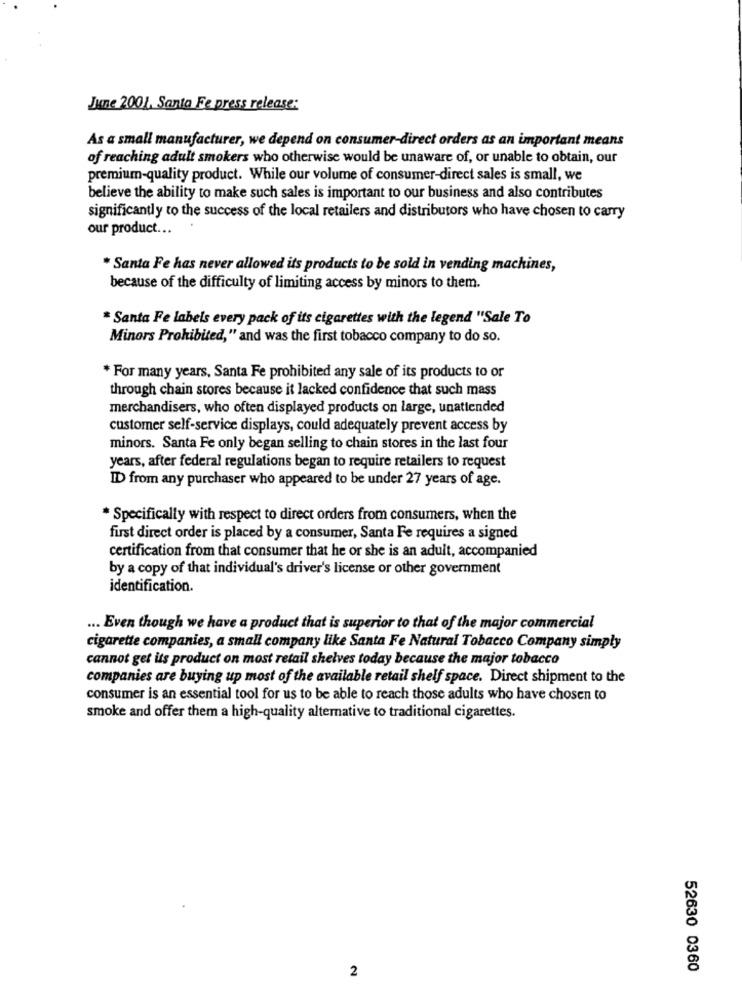
June 2001, Santa Fe press release:
As a small manufacturer, we depend on consumer-direct orders as an important means
of reaching adult smokers who otherwise would be unaware of, or unable to obtain, our
premium-quality product. While our volume of consumer-direct sales is small, we
believe the ability to make such sales is important to our business and also contributes
significantly to the success of the local retailers and distributors who have chosen to carry
our product ...
* Santa Fe has never allowed its products to be sold in vending machines,
because of the difficulty of limiting access by minors to them.
* Santa Fe labels every pack of its cigarettes with the legend "Sale To
Minors Prohibited," and was the first tobacco company to do so.
* For many years, Santa Fe prohibited any sale of its products to or
through chain stores because it lacked confidence that such mass
merchandisers, who often displayed products on large, unattended
customer self-service displays, could adequately prevent access by
minors. Santa Fe only began selling to chain stores in the last four
years, after federal regulations began to require retailers to request
ID from any purchaser who appeared to be under 27 years of age.
* Specifically with respect to direct orders from consumers, when the
first direct order is placed by a consumer, Santa Fe requires a signed
certification from that consumer that he or she is an adult, accompanied
by a copy of that individual's driver's license or other government
identification.
... Even though we have a product that is superior to that of the major commercial
cigarette companies, a small company like Santa Fe Natural Tobacco Company simply
cannot get its product on most retail shelves today because the major tobacco
companies are buying up most of the available retail shelf space. Direct shipment to the
consumer is an essential tool for us to be able to reach those adults who have chosen to
smoke and offer them a high-quality alternative to traditional cigarettes.
2
52630 0360